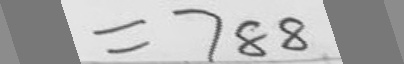
= 7 8 8